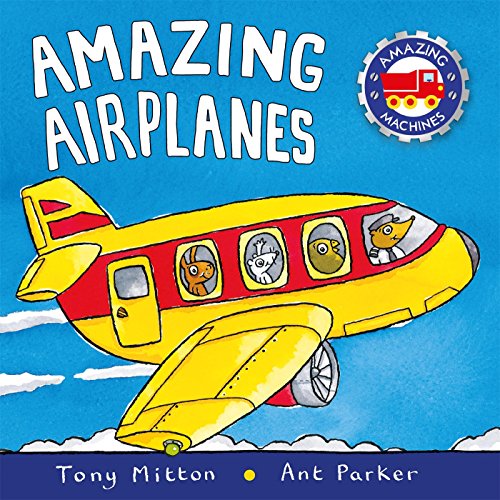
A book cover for Amazing Airplanes (Amazing Machines); Tony Mitton; Children's Books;